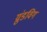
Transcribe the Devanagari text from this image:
ग्रुंडविग